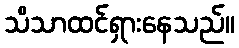
သိသာထင်ရှားနေသည်။